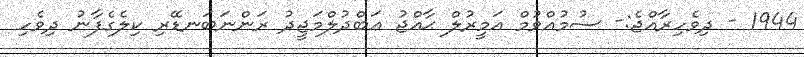
1944 - ދިވެހިރާއްޖެ:- ސުމުއްވުމް އަމީރުލް ޙާއްޖު ޢަބްދުލްމަޖީދު ރަންނަބަނޑޭރި ކިލެގެފާނު ދިވެހި